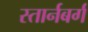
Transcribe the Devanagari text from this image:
स्तार्नबर्ग